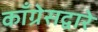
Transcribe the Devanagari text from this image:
काँग्रेसद्वारे